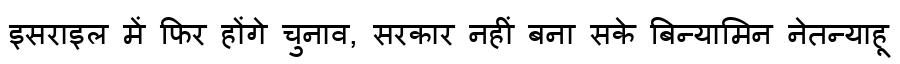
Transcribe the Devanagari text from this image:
इसराइल में फिर होंगे चुनाव, सरकार नहीं बना सके बिन्यामिन नेतन्याहू